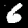
Digit: 6